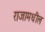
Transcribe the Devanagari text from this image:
राजामधील